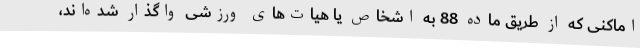
اماکنی که از طریق ماده 88 به اشخاص یا هیات‌های ورزشی واگذار شده‌اند،